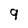
Character: 9